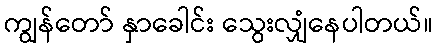
ကျွန်တော် နှာခေါင်း သွေးလျှံနေပါတယ်။